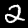
Label: 2